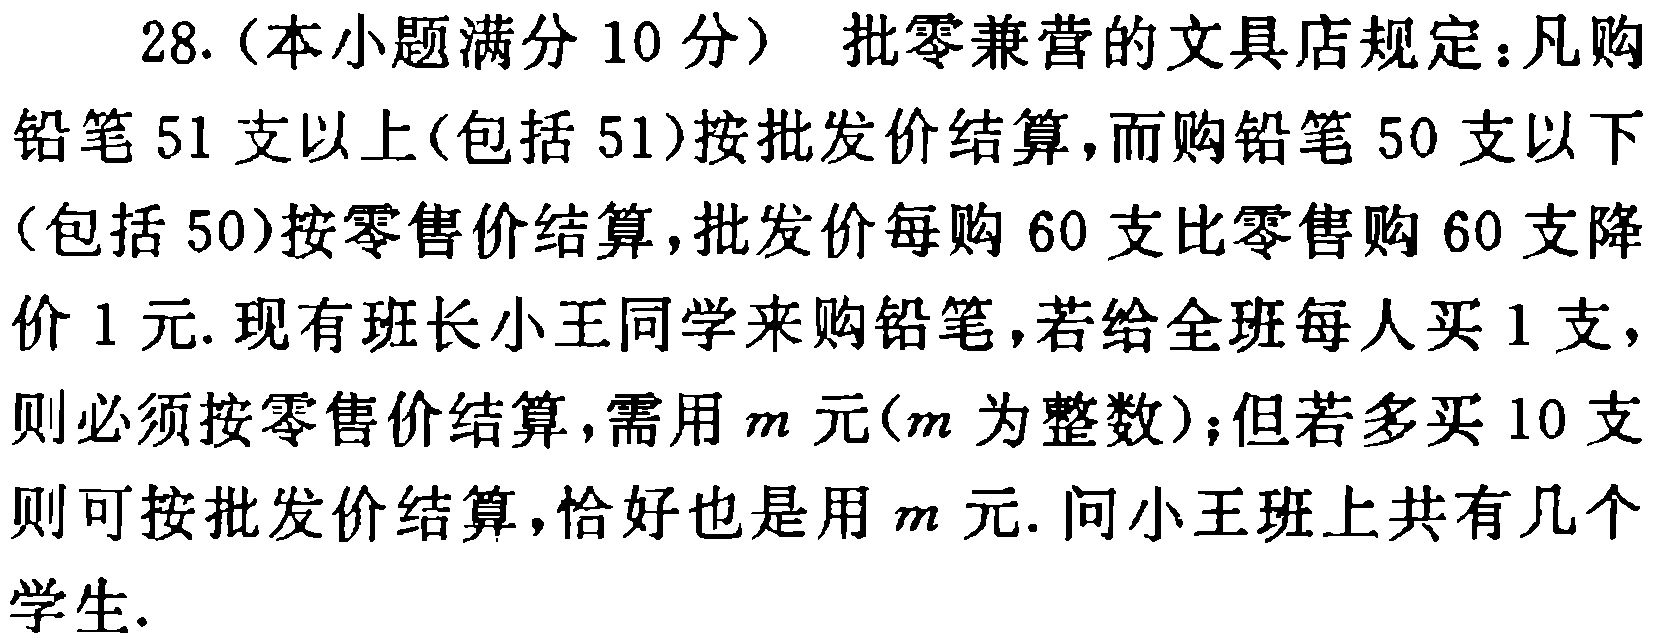
28.（本小题满分10分）批零兼营的文具店规定：凡购铅笔51支以上(包括51)按批发价结算，而购铅笔50支以下（包括50）按零售价结算，批发价每购60支比零售购60支降价1元. 现有班长小王同学来购铅笔，若给全班每人买1支，则必须按零售价结算，需用\(m\)元(\(m\)为整数)；但若多买10支则可按批发价结算，恰好也是用\(m\)元. 问小王班上共有几个学生.